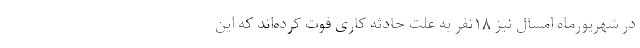
در شهریورماه امسال نیز ۱۸نفر به علت حادثه کاری فوت کرده‌اند که این